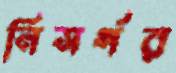
নিসর্গর